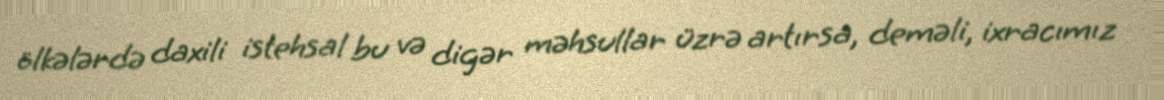
ölkələrdə daxili istehsal bu və digər məhsullar üzrə artırsa, deməli, ixracımız